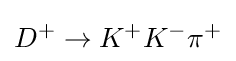
D^{+}\to K^{+}K^{-}\pi ^{+}